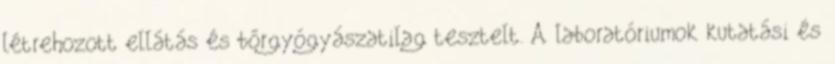
létrehozott ellátás és bőrgyógyászatilag tesztelt. A laboratóriumok kutatási és